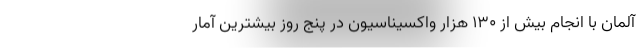
آلمان با انجام بیش از ۱۳۰ هزار واکسیناسیون در پنج روز بیشترین آمار